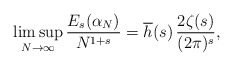
\begin{align*}\limsup_{N\rightarrow\infty}\frac{E_{s}(\alpha_{N})}{N^{1+s}}=\overline{h}(s)\,\frac{2\zeta(s)}{(2\pi)^{s}},\end{align*}